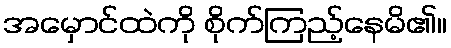
အမှောင်ထဲကို စိုက်ကြည့်နေမိ၏။